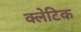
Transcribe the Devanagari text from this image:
क्लेटिक